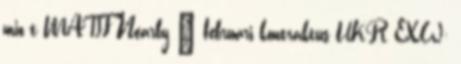
mio t MATIF Nearby  februári kontraktus UKR EXW: